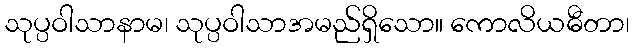
သုပ္ပဝါသာနာမ၊ သုပ္ပဝါသာအမည်ရှိသော။ ကောလိယဓီတာ၊